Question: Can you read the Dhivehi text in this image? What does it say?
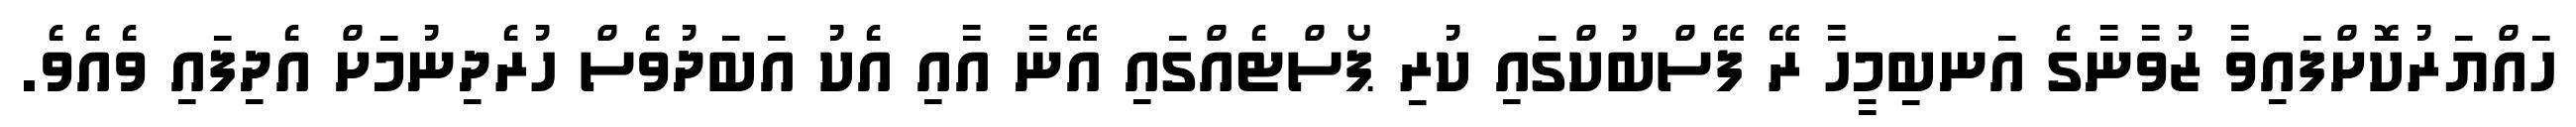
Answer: ހައްޔަރުކޮށްފައިވާ ޒުވާނާގެ އަނބިމީހާ ރޭ ފޭސްބުކްގައި ކުރި ޕޯސްޓެއްގައި އޭނާ އާއި އެކު އަބަދުވެސް ހުރެދިނުމަށް އެދިފައި ވެއެވެ.